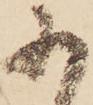
に